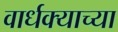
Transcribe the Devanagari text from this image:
वार्धक्याच्या